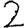
Digit: 2